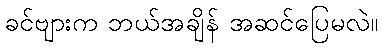
ခင်ဗျားက ဘယ်အချိန် အဆင်ပြေမလဲ။